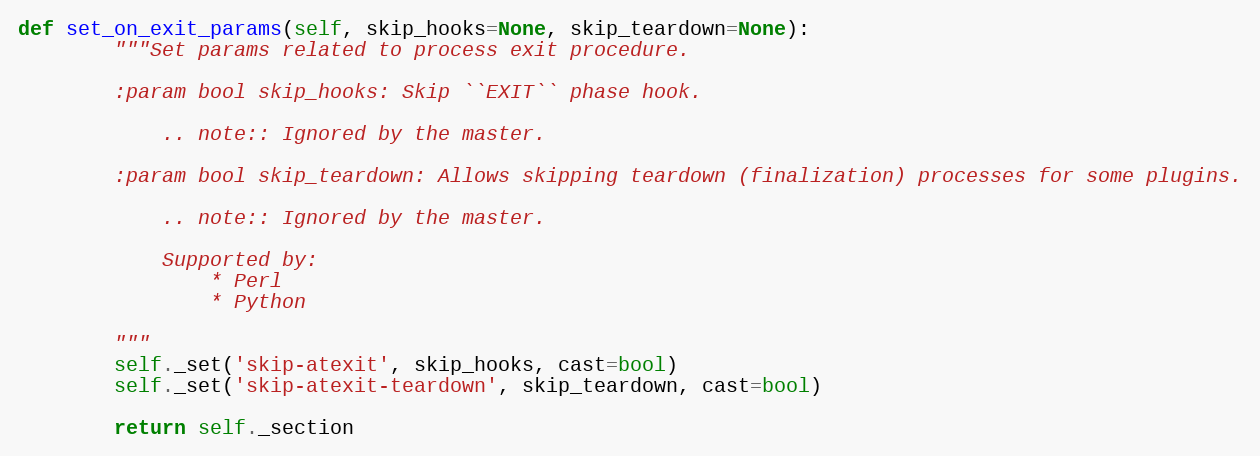
Language: Python
def set_on_exit_params(self, skip_hooks=None, skip_teardown=None):
        """Set params related to process exit procedure.

        :param bool skip_hooks: Skip ``EXIT`` phase hook.

            .. note:: Ignored by the master.

        :param bool skip_teardown: Allows skipping teardown (finalization) processes for some plugins.

            .. note:: Ignored by the master.

            Supported by:
                * Perl
                * Python

        """
        self._set('skip-atexit', skip_hooks, cast=bool)
        self._set('skip-atexit-teardown', skip_teardown, cast=bool)

        return self._section